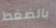
بالضغط